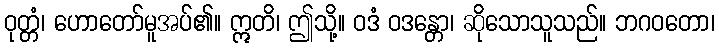
ဝုတ္တံ၊ ဟောတော်မူအပ်၏။ ဣတိ၊ ဤသို့။ ဝဒံ ဝဒန္တော၊ ဆိုသောသူသည်။ ဘဂဝတော၊